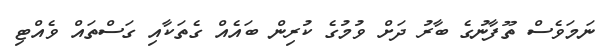
ނަމަވެސް ތޫފާނުގެ ބާރު ދަށް ވުމުގެ ކުރިން ބައެއް ގެތަކާއި ގަސްތައް ވެއްޓި